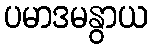
ပမာဒမနွာယ